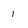
Character: 1